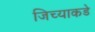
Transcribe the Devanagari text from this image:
जिच्याकडे